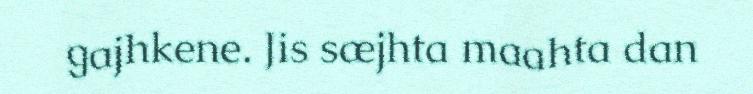
gajhkene. Jis sæjhta maahta dan